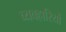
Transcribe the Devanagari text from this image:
व्यवहारियों